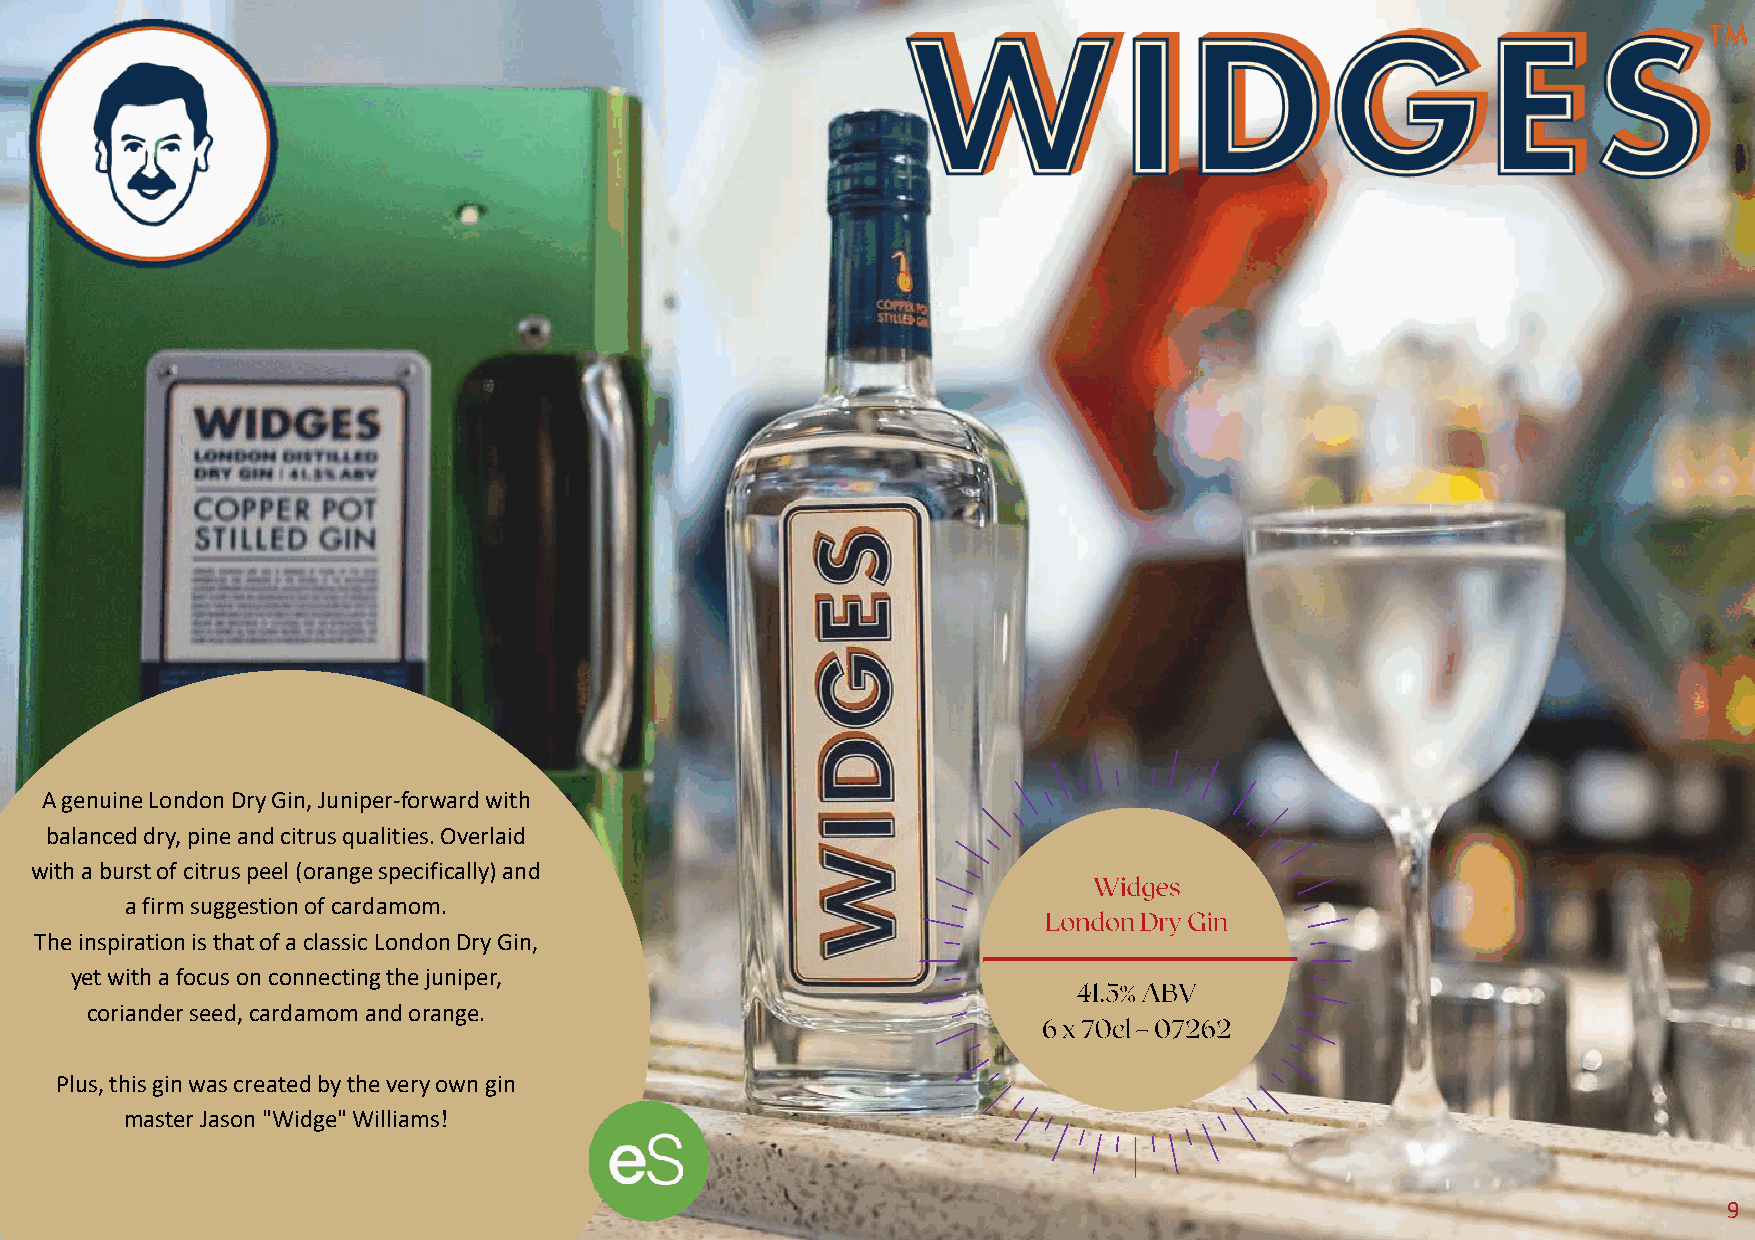
A genuine London Dry Gin, Juniper-forward with
 balanced dry, pine and citrus qualities. Overlaid
 with a burst of citrus peel (orange specifically) and
 a firm suggestion of cardamom.
 The inspiration is that of a classic London Dry Gin,
 yet with a focus on connecting the juniper,
 coriander seed, cardamom and orange.
 Plus, this gin was created by the very own gin
 master Jason "Widge" Williams!
 9